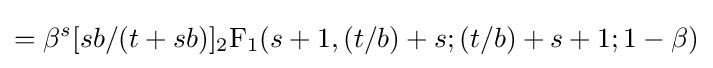
=\beta ^{s}[sb/(t+sb)]{_{2}{\text{F}}_{1}}(s+1,(t/b)+s;(t/b)+s+1;1-\beta )